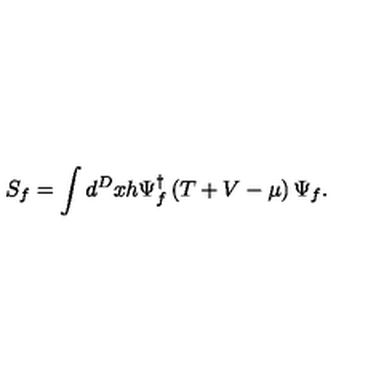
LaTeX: S _ { f } = \int d ^ { D } x h \Psi _ { f } ^ { \dagger } \left( T + V - \mu \right) \Psi _ { f } .